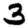
Digit: 3